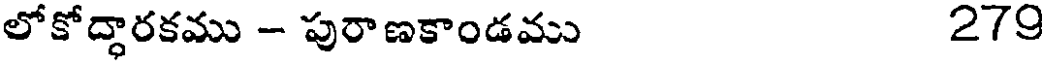
లోకోద్ధారకము - పురాణకాండము 279